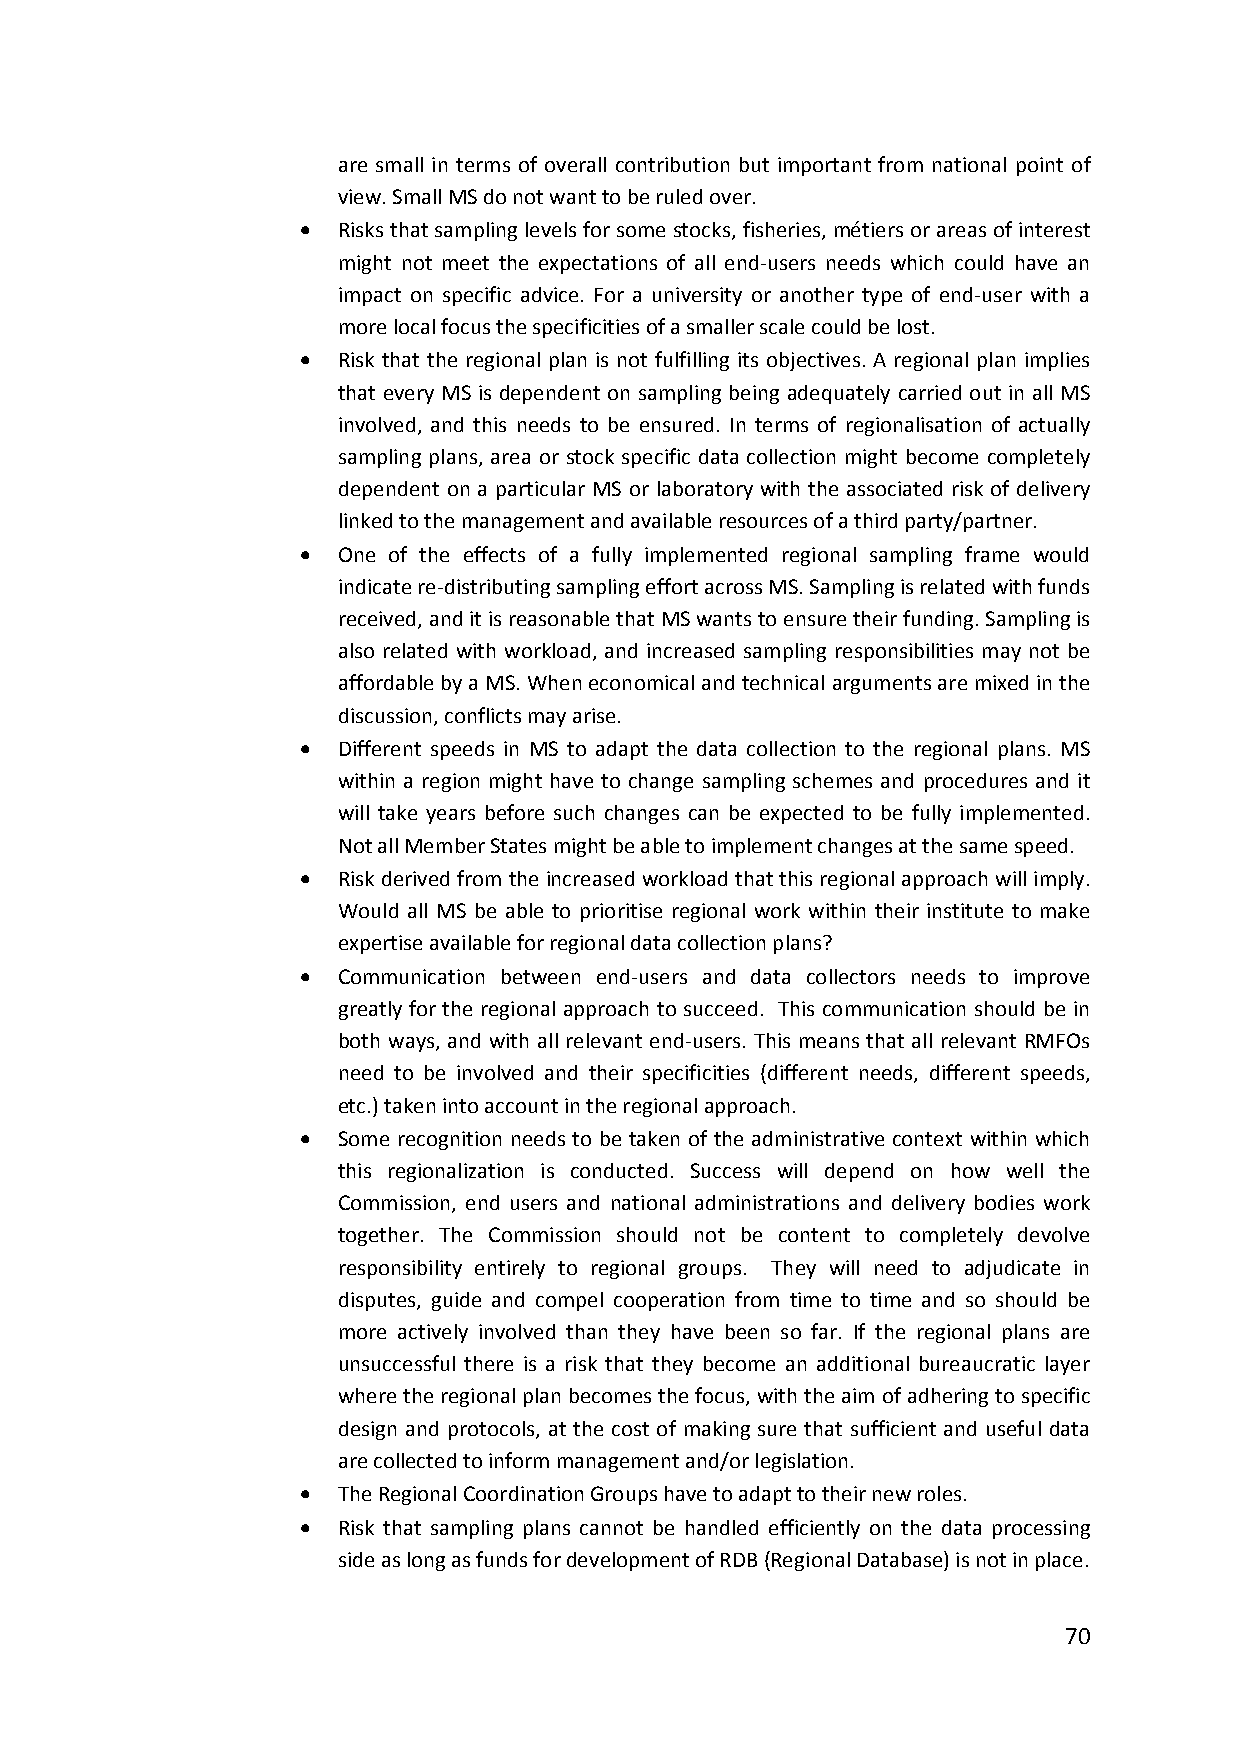
are small in terms of overall contribution but important from national point of
 view. Small MS do not want to be ruled over.
  Risks that sampling levels for some stocks, fisheries, métiers or areas of interest
 might not meet the expectations of all end‐users needs which could have an
 impact on specific advice. For a university or another type of end‐user with a
 more local focus the specificities of a smaller scale could be lost.
  Risk that the regional plan is not fulfilling its objectives. A regional plan implies
 that every MS is dependent on sampling being adequately carried out in all MS
 involved, and this needs to be ensured. In terms of regionalisation of actually
 sampling plans, area or stock specific data collection might become completely
 dependent on a particular MS or laboratory with the associated risk of delivery
 linked to the management and available resources of a third party/partner.
  One of the effects of a fully implemented regional sampling frame would
 indicate re‐distributing sampling effort across MS. Sampling is related with funds
 received, and it is reasonable that MS wants to ensure their funding. Sampling is
 also related with workload, and increased sampling responsibilities may not be
 affordable by a MS. When economical and technical arguments are mixed in the
 discussion, conflicts may arise.
  Different speeds in MS to adapt the data collection to the regional plans. MS
 within a region might have to change sampling schemes and procedures and it
 will take years before such changes can be expected to be fully implemented.
 Not all Member States might be able to implement changes at the same speed.
  Risk derived from the increased workload that this regional approach will imply.
 Would all MS be able to prioritise regional work within their institute to make
 expertise available for regional data collection plans?
  Communication between end‐users and data collectors needs to improve
 greatly for the regional approach to succeed. This communication should be in
 both ways, and with all relevant end‐users. This means that all relevant RMFOs
 need to be involved and their specificities (different needs, different speeds,
 etc.) taken into account in the regional approach.
  Some recognition needs to be taken of the administrative context within which
 this regionalization is conducted. Success will depend on how well the
 Commission, end users and national administrations and delivery bodies work
 together. The Commission should not be content to completely devolve
 responsibility entirely to regional groups. They will need to adjudicate in
 disputes, guide and compel cooperation from time to time and so should be
 more actively involved than they have been so far. If the regional plans are
 unsuccessful there is a risk that they become an additional bureaucratic layer
 where the regional plan becomes the focus, with the aim of adhering to specific
 design and protocols, at the cost of making sure that sufficient and useful data
 are collected to inform management and/or legislation.
  The Regional Coordination Groups have to adapt to their new roles.
  Risk that sampling plans cannot be handled efficiently on the data processing
 side as long as funds for development of RDB (Regional Database) is not in place.
 70